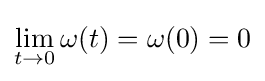
\lim _{t\to 0}\omega (t)=\omega (0)=0